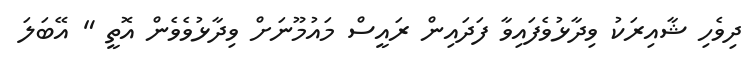
ދިވެހި ޝާއިރަކު ވިދާޅުވެފައިވާ ފަދައިން ރައީސް މައުމޫނަށް ވިދާޅުވެވެން އޮތީ " އޭބަލަ